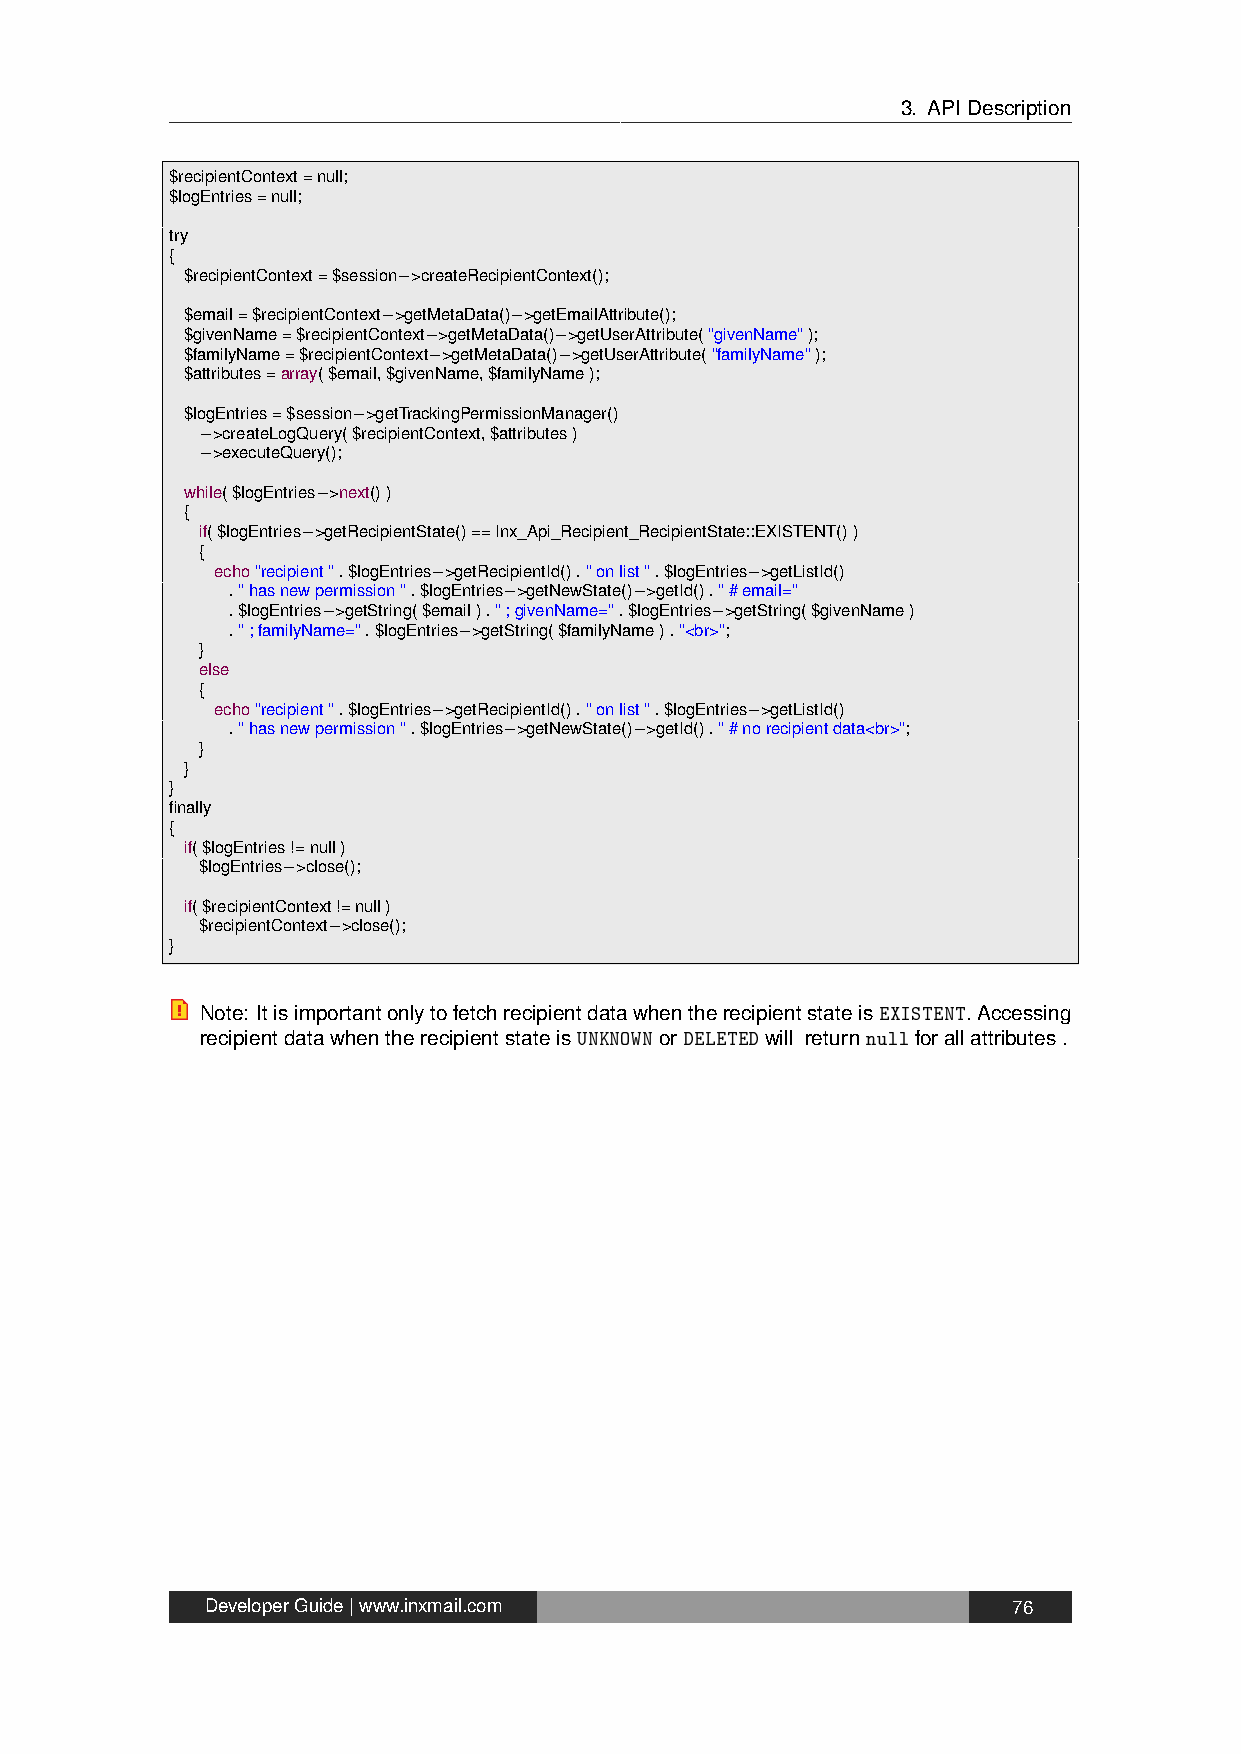
3. APIDescription
 $recipientContext=null;
 $logEntries=null;
 try
 {
 $recipientContext=$session−>createRecipientContext();
 $email=$recipientContext−>getMetaData()−>getEmailAttribute();
 $givenName=$recipientContext−>getMetaData()−>getUserAttribute("givenName");
 $familyName=$recipientContext−>getMetaData()−>getUserAttribute("familyName");
 $attributes=array($email,$givenName,$familyName);
 $logEntries=$session−>getTrackingPermissionManager()
 −>createLogQuery($recipientContext,$attributes)
 −>executeQuery();
 while($logEntries−>next())
 {
 if($logEntries−>getRecipientState()==Inx_Api_Recipient_RecipientState::EXISTENT())
 {
 echo"recipient".$logEntries−>getRecipientId()."onlist".$logEntries−>getListId()
 ."hasnewpermission".$logEntries−>getNewState()−>getId()."#email="
 .$logEntries−>getString($email).";givenName=".$logEntries−>getString($givenName)
 .";familyName=".$logEntries−>getString($familyName)."<br>";
 }
 else
 {
 echo"recipient".$logEntries−>getRecipientId()."onlist".$logEntries−>getListId()
 ."hasnewpermission".$logEntries−>getNewState()−>getId()."#norecipientdata<br>";
 }
 }
 }
 finally
 {
 if($logEntries!=null)
 $logEntries−>close();
 if($recipientContext!=null)
 $recipientContext−>close();
 }
 Note: ItisimportantonlytofetchrecipientdatawhentherecipientstateisEXISTENT.Accessing
 recipientdatawhentherecipientstateisUNKNOWNorDELETEDwill returnnullforallattributes.
 DeveloperGuide|www.inxmail.com                       76